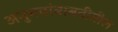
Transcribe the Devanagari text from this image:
अनुभवांबाबतीतील